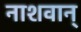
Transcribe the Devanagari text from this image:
नाशवान्‌